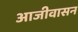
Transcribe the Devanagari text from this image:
आजीवासन